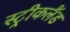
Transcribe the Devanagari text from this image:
स्ट्रीकलैंड